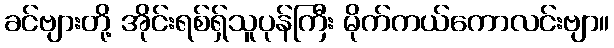
ခင်ဗျားတို့ အိုင်းရစ်ရှ်သူပုန်ကြီး မိုက်ကယ်ကောလင်းဗျာ။